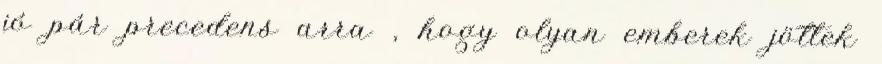
jó pár precedens arra , hogy olyan emberek jöttek